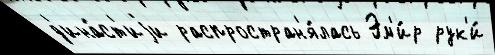
д'ина́ст'иjи распростран'я́лась Эм'и́р рук'и́